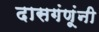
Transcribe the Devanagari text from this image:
दासगंणूंनी